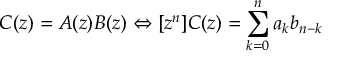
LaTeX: C ( z ) = A ( z ) B ( z ) \Leftrightarrow [ z ^ { n } ] C ( z ) = \sum _ { k = 0 } ^ { n } { a _ { k } b _ { n - k } }